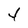
Character: 4